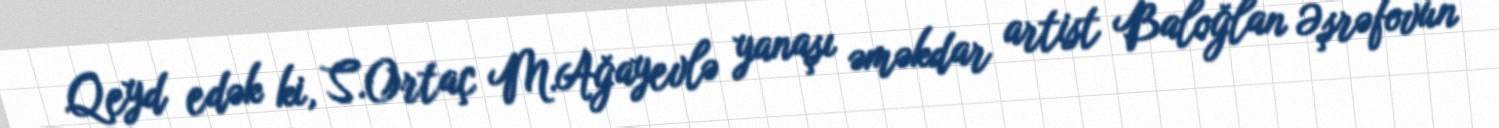
Qeyd edək ki, S.Ortaç M.Ağayevlə yanaşı əməkdar artist Baloğlan Əşrəfovun